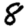
Digit: 8